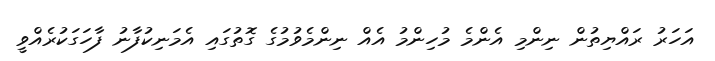
އަހަރު ރައްޔިތުން ނިންމި އެންމެ މުހިންމު އެއް ނިންމެވުމުގެ ގޮތުގައި އެމަނިކުފާނު ފާހަގަކުރެއްވީ